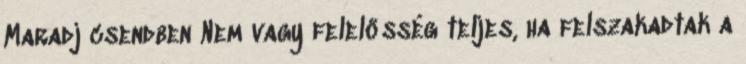
Maradj csendben Nem vagy felelősség teljes, ha felszakadtak a